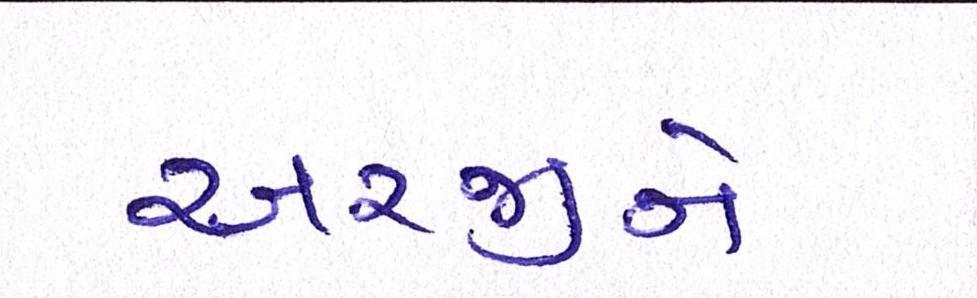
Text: અરજીને